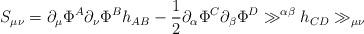
LaTeX: \begin{align*} S_{\mu\nu} = \partial_\mu \Phi^A \partial_\nu \Phi^B h_{AB} - \frac{1}{2} \partial_\alpha \Phi^C \partial_\beta \Phi^D \gg^{\alpha\beta} h_{CD} \gg_{\mu\nu} \end{align*}